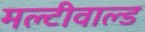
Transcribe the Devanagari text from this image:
मल्टीवाल्ड